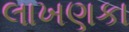
લાખણકા